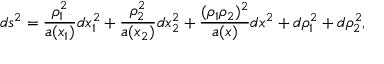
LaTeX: d s ^ { 2 } = \frac { \rho _ { 1 } ^ { 2 } } { a ( x _ { 1 } ) } d x _ { 1 } ^ { 2 } + \frac { \rho _ { 2 } ^ { 2 } } { a ( x _ { 2 } ) } d x _ { 2 } ^ { 2 } + \frac { ( \rho _ { 1 } \rho _ { 2 } ) ^ { 2 } } { a ( x ) } d x ^ { 2 } + d \rho _ { 1 } ^ { 2 } + d \rho _ { 2 } ^ { 2 } ,